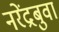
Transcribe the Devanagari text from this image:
नरेंद्रबुवा